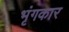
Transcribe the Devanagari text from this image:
भृंगकार